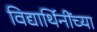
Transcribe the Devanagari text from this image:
विद्यार्थिनींच्या